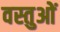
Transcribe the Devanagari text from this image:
वस्तुओें